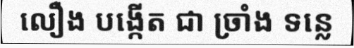
លឿង បង្កើត ជា ច្រាំង ទន្លេ